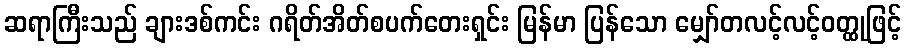
ဆရာကြီးသည် ချားဒစ်ကင်း ဂရိတ်အိတ်စပက်တေးရှင်း မြန်မာ ပြန်သော မျှော်တလင့်လင့်ဝတ္ထုဖြင့်